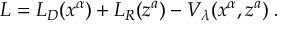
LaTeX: L = L _ { D } ( x ^ { \alpha } ) + L _ { R } ( z ^ { a } ) - V _ { \lambda } ( x ^ { \alpha } , z ^ { a } ) \; .